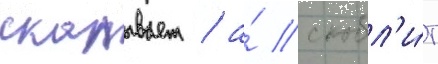
скалывает / а́ скобл'и́т